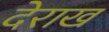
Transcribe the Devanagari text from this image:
देराख